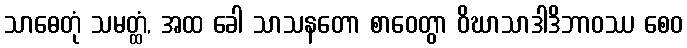
သာဓေတုံ သမတ္ထံ, အထ ခေါ သာသနတော စာဝေတွာ ဝိဃာသာဒါဒိဘာဝဿ စေဝ